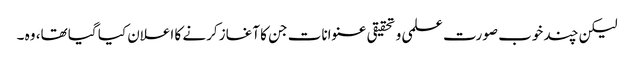
لیکن چند خوب صورت علمی و تحقیقی عنوانات جن کا آغاز کرنے کا اعلان کیا گیا تھا، وہ ۔